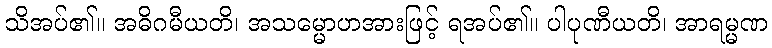
သိအပ်၏။ အဓိဂမီယတိ၊ အသမ္မောဟအားဖြင့် ရအပ်၏။ ပါပုဏီယတိ၊ အာရမ္မဏ